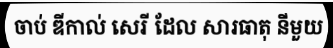
ចាប់ ឌីកាល់ សេរី ដែល សារធាតុ នីមួយ